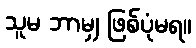
သူမ ဘာမျှ ဖြစ်ပုံမရ။